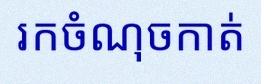
រកចំណុចកាត់